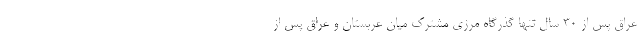
عراق پس از ۳۰ سال تنها گذرگاه مرزی مشترک میان عربستان و عراق پس از